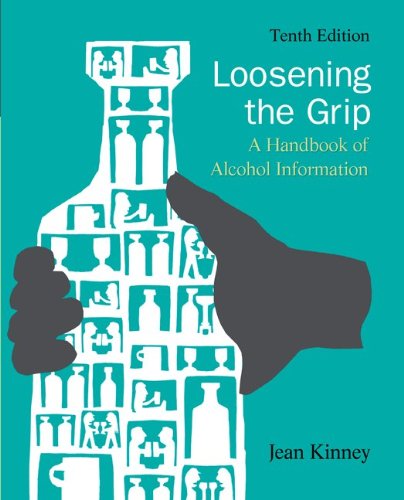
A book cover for Loosening the Grip: A Handbook of Alcohol Information; Jean Kinney; Health, Fitness & Dieting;